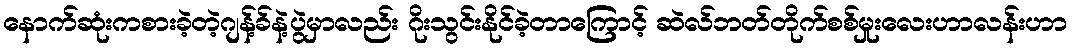
နောက်ဆုံးကစားခဲ့တဲ့ဂျန့်ခ်နဲ့ပွဲမှာလည်း ဂိုးသွင်းနိုင်ခဲ့တာကြောင့် ဆဲလ်ဘတ်တိုက်စစ်မှုးလေးဟာလန်းဟာ